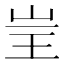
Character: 𱖔